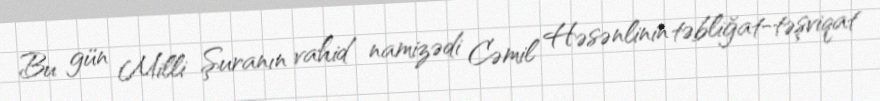
Bu gün Milli Şuranın vahid namizədi Cəmil Həsənlinin təbliğat-təşviqat